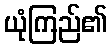
ယုံကြည်၏